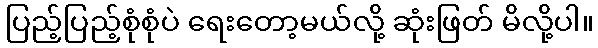
ပြည့်ပြည့်စုံစုံပဲ ရေးတော့မယ်လို့ ဆုံးဖြတ် မိလို့ပါ။